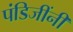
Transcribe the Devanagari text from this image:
पंडिजींनी